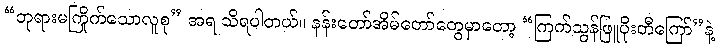
“ဘုရားမကြိုက်သောလူစု” အရ သိရပါတယ်။ နန်းတော်အိမ်တော်တွေမှာတော့ “ကြက်သွန်ဖြူပိုးတီကြော်”နဲ့